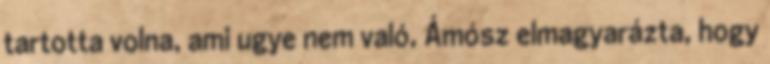
tartotta volna, ami ugye nem való, Ámósz elmagyarázta, hogy